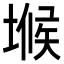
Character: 𭏒